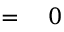
\qquad \qquad \qquad \qquad \qquad \qquad \qquad \qquad \qquad \qquad \qquad \qquad = \quad 0